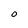
Character: O